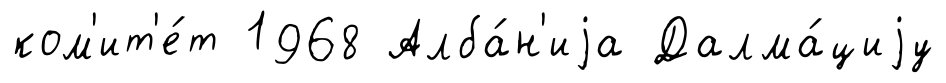
ком'ит'е́т 1968 Алба́н'иjа Далма́циjу